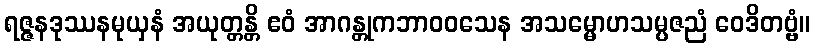
ရဇ္ဇနဒုဿနမုယှနံ အယုတ္တန္တိ ဧဝံ အာဂန္တုကဘာဝဝသေန အသမ္မောဟသမ္ပဇညံ ဝေဒိတဗ္ဗံ။